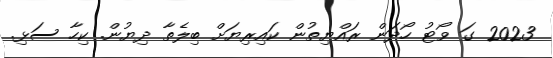
2023 ގަ ވޯޓު ހޯދަން ރައްޔިތުން ކައިރިޔަށް ބިލެތާ ދިޔުން. ކިހާ ސަޅި.